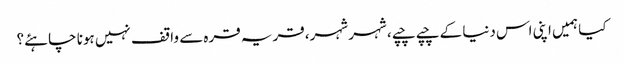
کیا ہمیں اپنی اس دنیا کے چپے چپے، شہر شہر، قریہ قرہ سے واقف نہیں ہونا چاہئے؟